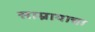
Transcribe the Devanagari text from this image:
साम्रायाचा